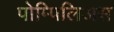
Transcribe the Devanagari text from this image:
पोम्पिलिअस